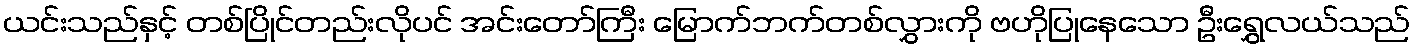
ယင်းသည်နှင့် တစ်ပြိုင်တည်းလိုပင် အင်းတော်ကြီး မြောက်ဘက်တစ်လွှားကို ဗဟိုပြုနေသော ဦးရွှေလယ်သည်